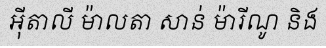
អ៊ីតាលី ម៉ាលតា សាន់ ម៉ារីណូ និង